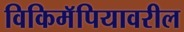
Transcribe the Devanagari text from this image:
विकिमॅपियावरील